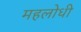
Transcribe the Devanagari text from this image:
महलोधी